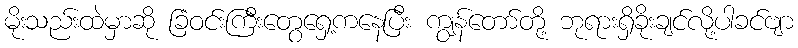
မိုးသည်းထဲမှာဆို ခြံဝင်းကြီးတွေရှေ့ကနေပြီး ကျွန်တော်တို့ ဘုရားရှိခိုးချင်လို့ပါခင်ဗျာ